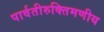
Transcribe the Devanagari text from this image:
पार्वतीरुक्तिमणीय